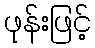
ဖုန်းဖြင့်